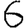
Digit: 6